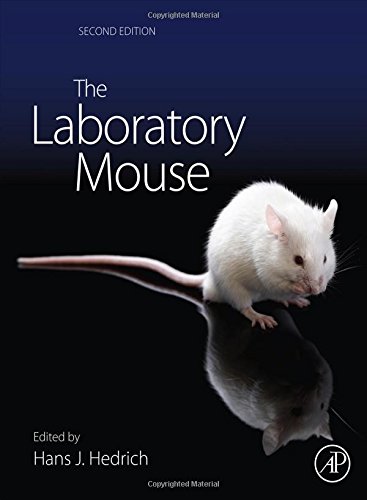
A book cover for The Laboratory Mouse, Second Edition (HANDBOOK OF EXPERIMENTAL ANIMALS); Medical Books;